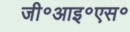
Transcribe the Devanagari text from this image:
जी॰आइ॰एस॰